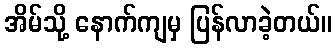
အိမ်သို့ နောက်ကျမှ ပြန်လာခဲ့တယ်။